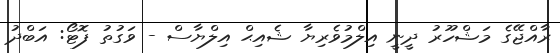
ރާއްޖޭގެ މަޝްހޫރު ދީނީ އިލްމުވެރިޔާ ޝެއިޙް އިލްޔާސް - ވަގުތު ފޮޓޯ: އަބްދު